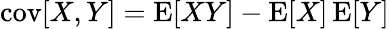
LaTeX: \operatorname{cov}[X,Y]=\operatorname{E}[XY]-\operatorname{E}[X]\operatorname{E}[Y]